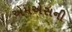
એમએસની